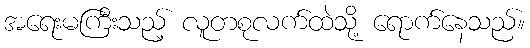
အရေးမကြီးသည့် လူတစုလက်ထဲသို့ ရောက်နေသည်။